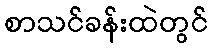
စာသင်ခန်းထဲတွင်